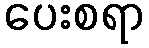
ပေးစရာ